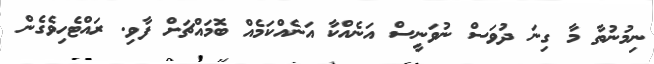
ނިމުނުތާ މާ ގިނަ ދުވަސް ނުވަނީސް އަނެއްކާ އަނެއްކަމެއް ބޮމައްޗަށް ފާވި. ރައްޓެހިވެގެން